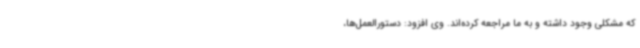
که مشکلی وجود داشته و به ما مراجعه کرده‌اند. وی افزود: دستورالعمل‌ها،